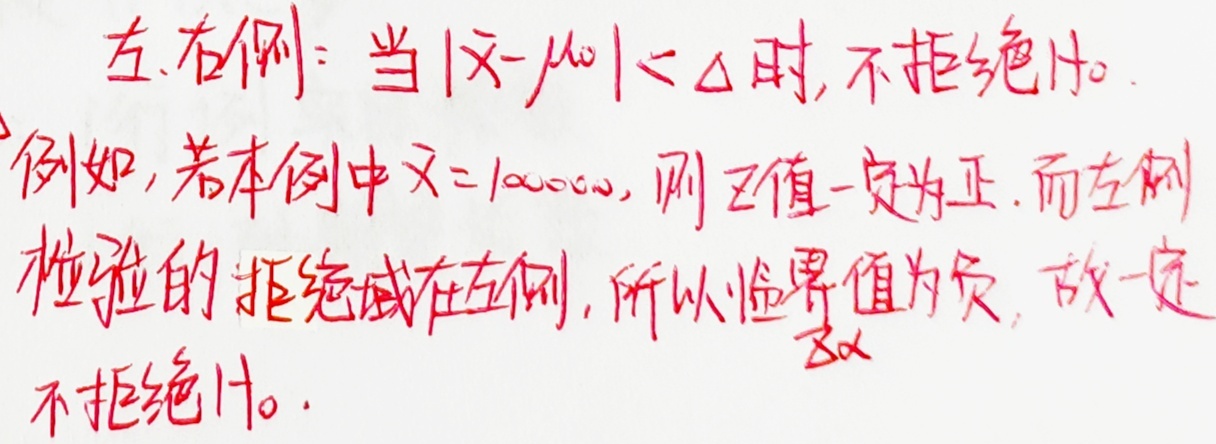
左、右例：当\(|\overline{x}-\mu_{0}|< \Delta\)时，不拒绝\(H_{0}\)。例如，若本例中\(\overline{x} = 100000\)，则\(Z\)值一定为正。而左侧检验的拒绝域在左侧，所以临界值为负，故一定不拒绝\(H_{0}\)。